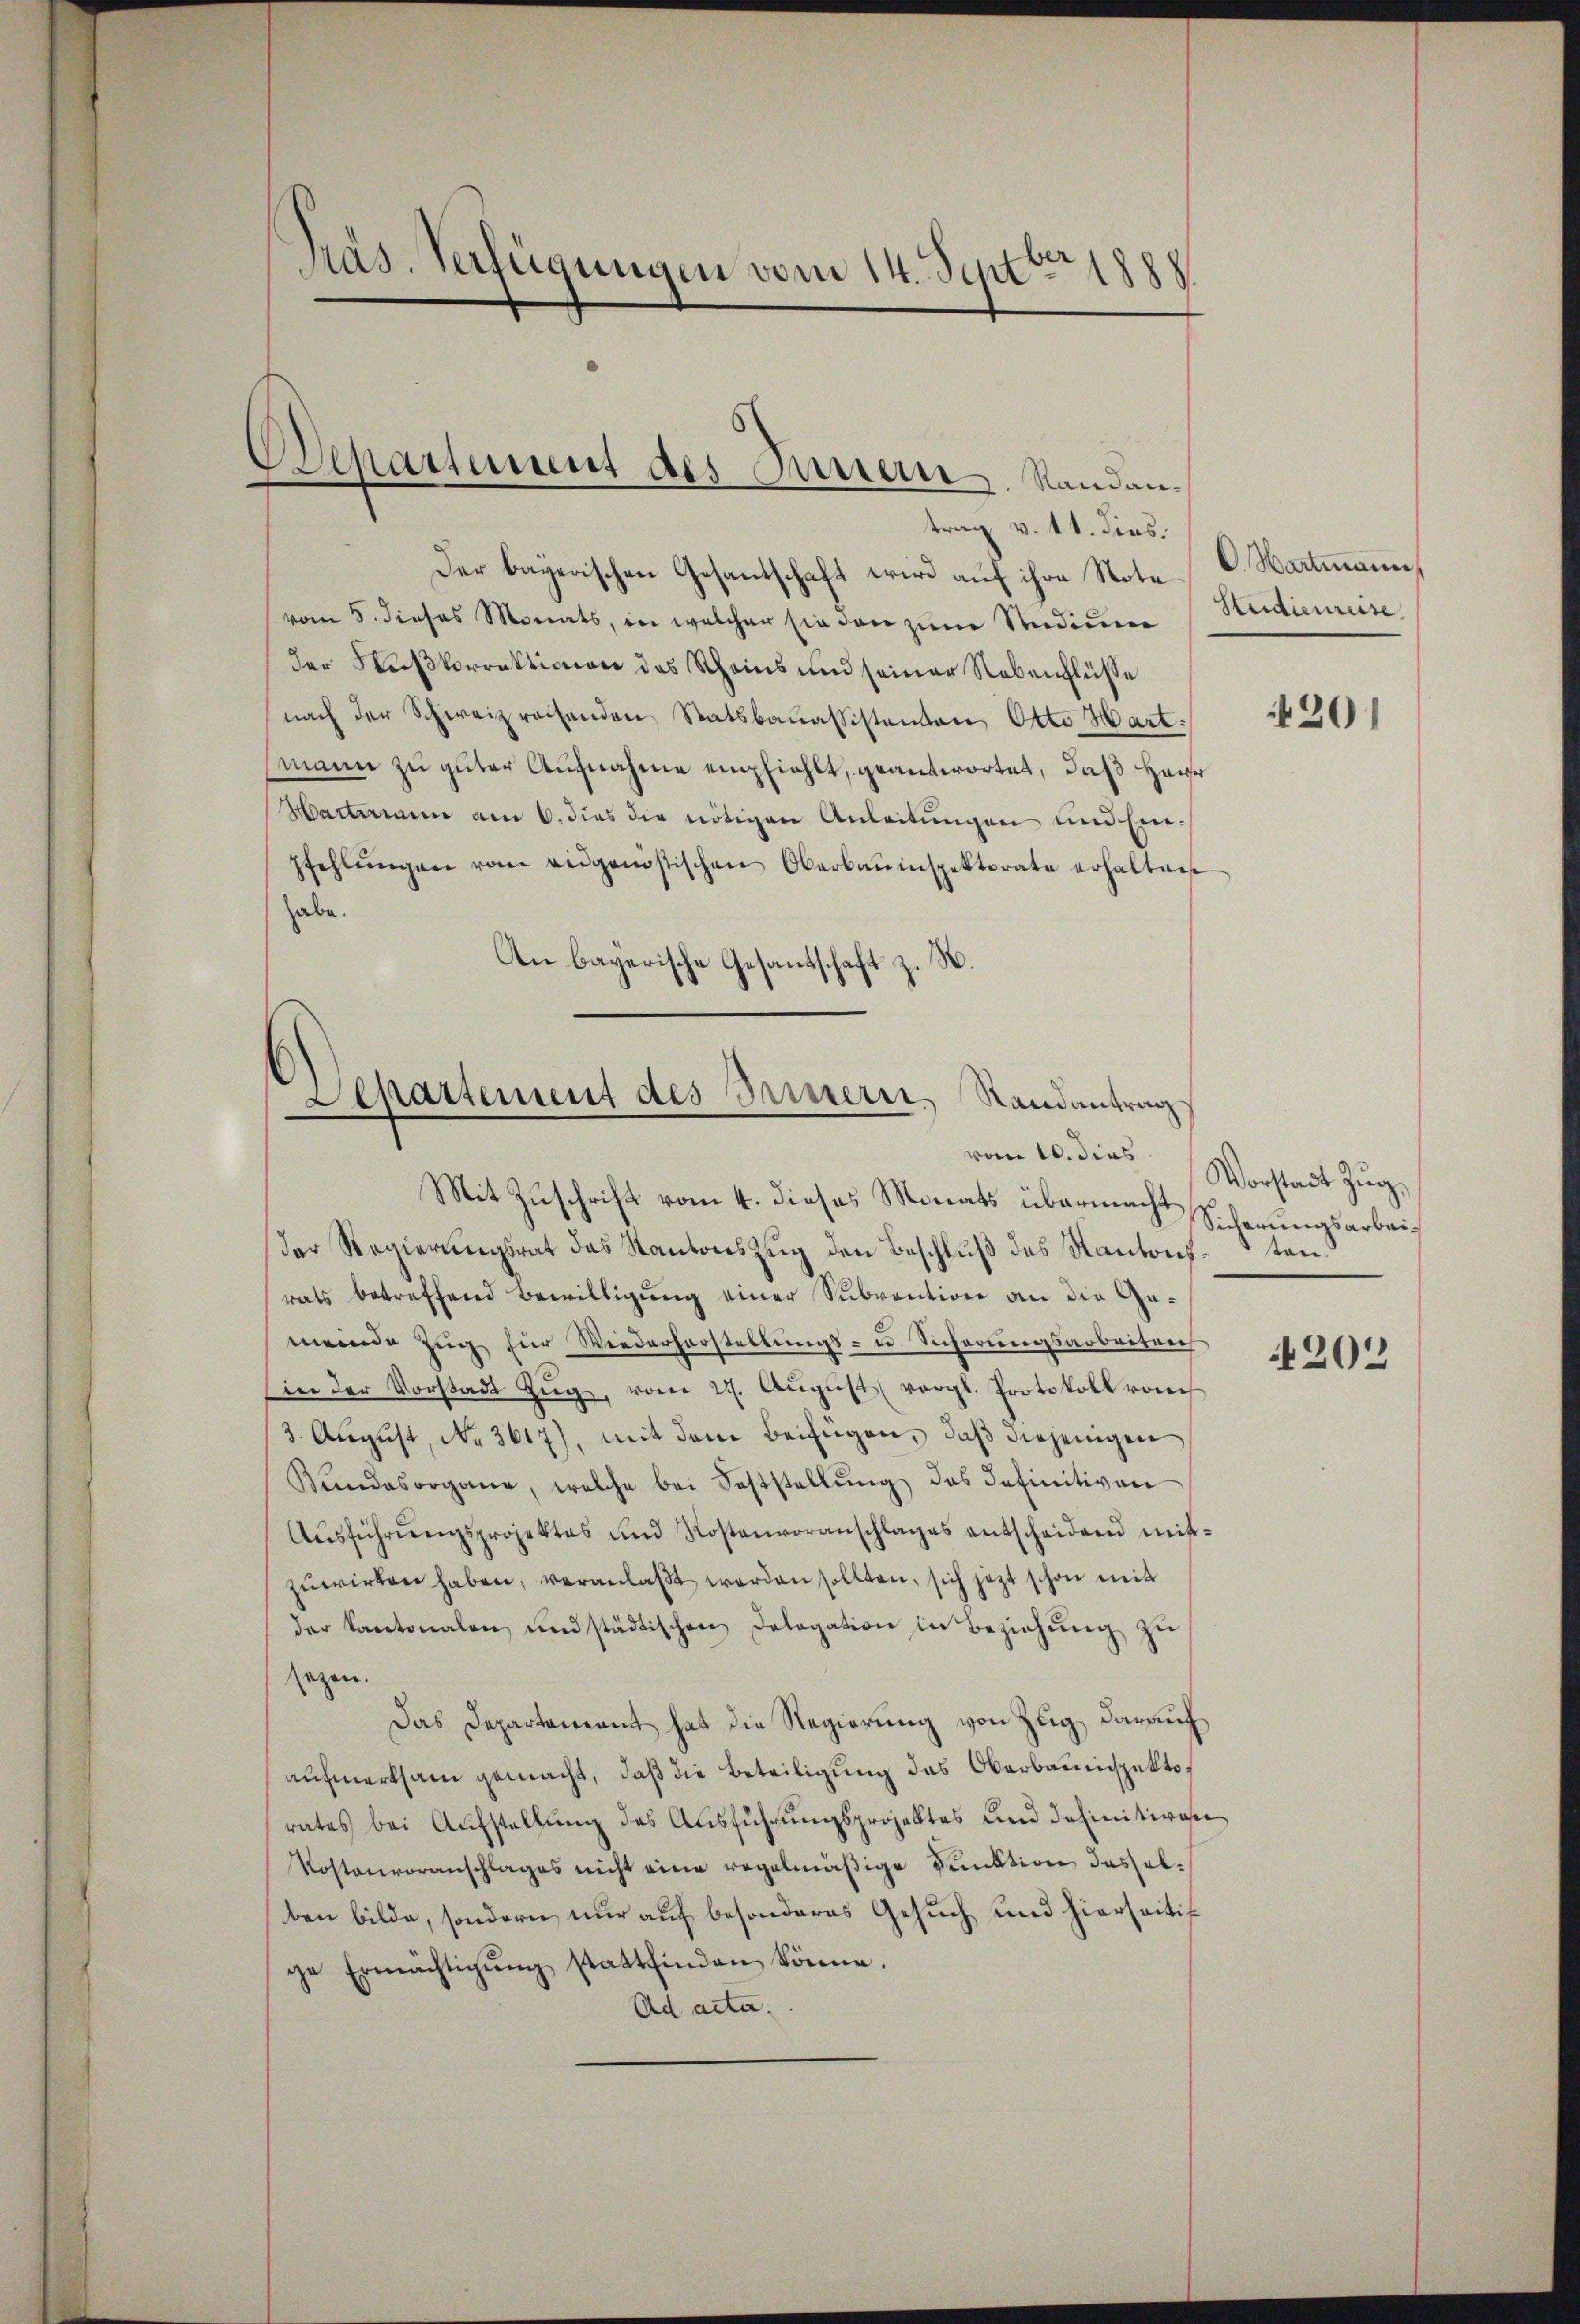
pras. Verfügungen vom 14. Septbr. 1888

Departement des Innern. Randantrag v. 11. dies.

Der bayerischen Gesantschaft wird auf ihre Note C. Wartmann,
vom 5. dieses Monats, in welcher sie den zŭm Studium Reidienreise
der Weißkorrektionen des Scheins und seiner Nebenflüsse
nach der Schweizrechenden Statsbauassistanton Otto Mart.
mann zu guter Aufnahme empfiehlt, geantwortet, daß Herr
Hartmann am 6. dies die nötigen Anleitŭngen und Einpfehlŭngen vom eidgenössischen Oberbauinspektorate erhalten
habe.
An bayerische Gesandschaft z. R.

Departement des Brunnern, Randantrag
vom 10. dies

Mit Zuschrift vom 4. dieses Monats übermacht
der Regierŭngsrat das Kantons Zŭg den Beschlŭβ des Kantons ten
rats betreffend Bewilligung einer Subvention an die Gameinde Zŭg für Wiederherstellungs- u. Sicherungsarbeiten
in der Vorstadt Zŭg, vom 27. Aŭgŭst (vergl. Protokoll vom
3. August, No. 3617), mit dem Beifügen, daß diejenigen
Kundesorgane, welche bei Feststellŭng des definitiven
Aŭsführŭngsprojektes und Kostenvoranschlages entscheidend mitzuwirken haben, veranlaßt werden sollten, sich jetzt schon mit
der Kantonalen und städtischen Delegation in Beziehŭng zŭ
sezen.
Das Departement hat die Regierung von Zug, darauf
aufmerksam gemacht, daß die Beteiligung das Oberbauinspektorates bei Aŭfstellŭng des Aŭsführŭngsprojektes und definitiven
Kostenvoranschlages nicht eine regelmäßige Funktion dasselben bilde, sondern nur auf besonderes Gesuch und hierseitige Ermächtigŭng stattfinden könne.
Ad acta.

420)

Vorstadt Zug,
Sicherungsarbei¬

4202